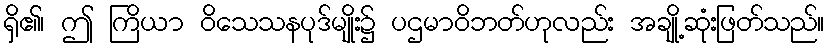
ရှိ၏၊ ဤ ကြိယာ ဝိသေသနပုဒ်မျိုး၌ ပဌမာဝိဘတ်ဟုလည်း အချို့ဆုံးဖြတ်သည်။